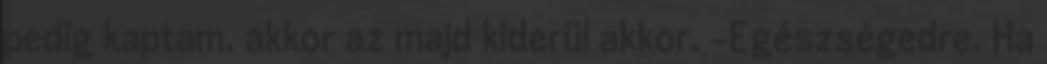
pedig kaptam, akkor az majd kiderül akkor. -Egészségedre. Ha